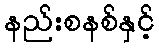
နည်းစနစ်နှင့်